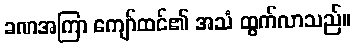
ခဏအကြာ ကျော်ထင်၏ အသံ ထွက်လာသည်။